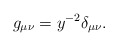
\begin{align*}g_{\mu\nu}=y^{-2}\delta_{\mu\nu}.\end{align*}